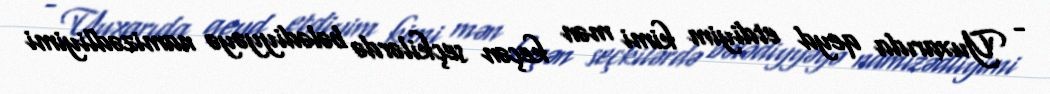
- Yuxarıda qeyd etdiyim kimi mən keçən seçkilərdə bələdiyyəyə namizədliyimi